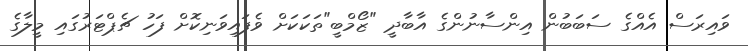
ވައިރަސް އެއްގެ ސަބަބުން އިންސާނުންގެ އާބާދީ "ޒޯމްބީ"ތަކަކަށް ވެފައިވަނިކޮށް ފަހު ޗެޕްޓަރުގައި މީލާގެ